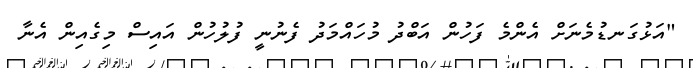
"އަޅުގަނޑުމެނަށް އެންމެ ފަހުން އަބްދު މުހައްމަދު ފެނުނީ ފުލުހުން އައިސް މިގެއިން އެނާ